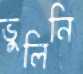
ভুলিনি